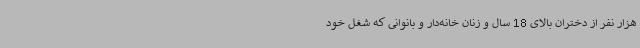
هزار نفر از دختران بالای 18 سال و زنان خانه‌دار و بانوانی که شغل خود